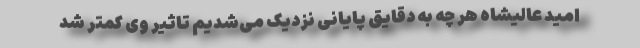
امید عالیشاه هر چه به دقایق پایانی نزدیک می‌شدیم تاثیر وی کمتر شد